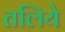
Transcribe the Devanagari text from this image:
तलिये